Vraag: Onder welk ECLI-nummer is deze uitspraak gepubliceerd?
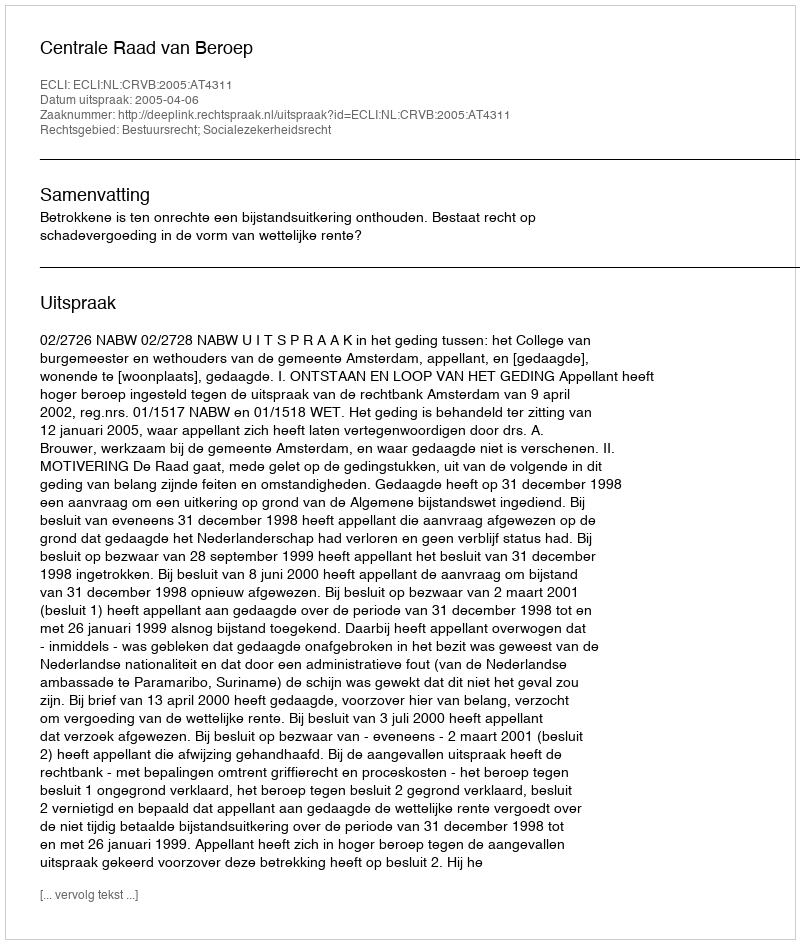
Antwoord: ECLI:NL:CRVB:2005:AT4311